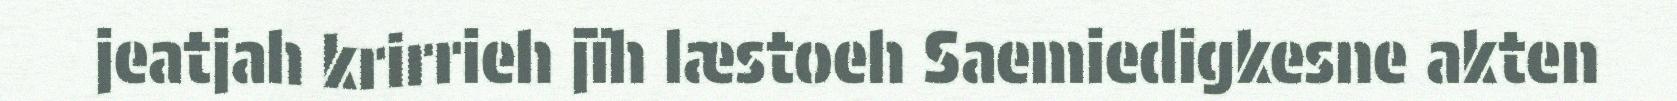
jeatjah krirrieh jïh læstoeh Saemiedigkesne akten